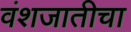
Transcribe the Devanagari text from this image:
वंशजातीचा